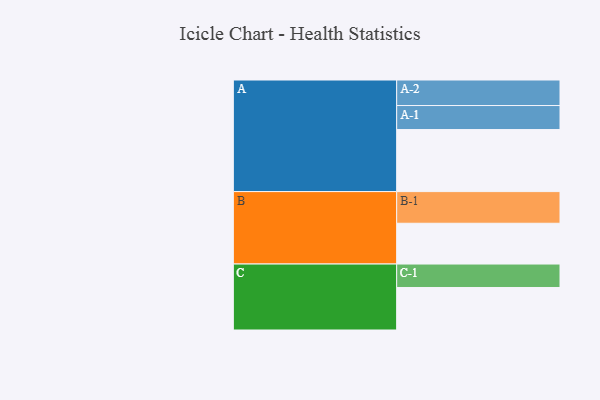
{"axis": {"x": "Segment", "y": "Value"}, "legend": ["", "A", "B", "C"], "data": [{"x": "A", "y": 537, "type": ""}, {"x": "B", "y": 353, "type": ""}, {"x": "C", "y": 368, "type": ""}, {"x": "A-1", "y": 208, "type": "A"}, {"x": "A-2", "y": 221, "type": "A"}, {"x": "B-1", "y": 274, "type": "B"}, {"x": "C-1", "y": 203, "type": "C"}]}